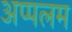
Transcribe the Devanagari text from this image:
अप्पलम